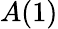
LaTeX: A(1)